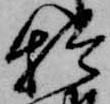
於